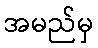
အမည်မှ